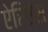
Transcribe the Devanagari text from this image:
ऐरिएंस